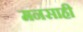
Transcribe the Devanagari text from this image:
मनसाही